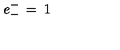
e _ { - } ^ { - } \: = \: 1 \ \